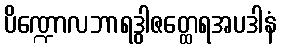
ပိဏ္ဍောလဘာရဒွါဇတ္ထေရအပဒါနံ